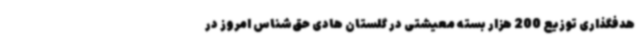
هدفگذاری توزیع 200 هزار بسته معیشتی در گلستان هادی حق‌شناس امروز در